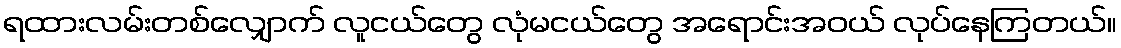
ရထားလမ်းတစ်လျှောက် လူငယ်တွေ လုံမငယ်တွေ အရောင်းအဝယ် လုပ်နေကြတယ်။